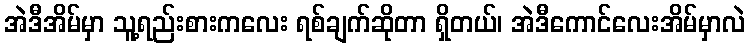
အဲဒီအိမ်မှာ သူ့ရည်းစားကလေး ရစ်ချက်ဆိုတာ ရှိတယ်၊ အဲဒီကောင်လေးအိမ်မှာလဲ